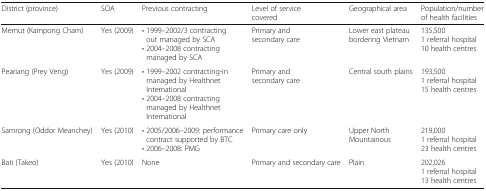
| District (province) | SOA | Previous contracting | Level of service covered | Geographical area | Population/number of health facilities |
 | --- | --- | --- | --- | --- | --- |
 | Memut (Kampong Cham) | Yes (2009) | • 1999–2002/3 contracting out managed by SCA• 2004–2008 contracting managed by SCA | Primary and secondary care | Lower east plateau bordering Vietnam | 135,5001 referral hospital10 health centres |
 | Peariang (Prey Veng) | Yes (2009) | • 1999–2002 contracting-in managed by Healthnet International• 2004–2008 contracting managed by Healthnet International | Primary and secondary care | Central south plains | 193,5001 referral hospital15 health centres |
 | Samrong (Oddor Meanchey) | Yes (2010) | • 2005/2006–2009: performance contract supported by BTC• 2006–2008: PMG | Primary care only | Upper North Mountainous | 219,0001 referral hospital23 health centres |
 | Bati (Takeo) | Yes (2010) | None | Primary and secondary care | Plain | 202,0261 referral hospital13 health centres |